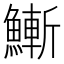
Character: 䱿